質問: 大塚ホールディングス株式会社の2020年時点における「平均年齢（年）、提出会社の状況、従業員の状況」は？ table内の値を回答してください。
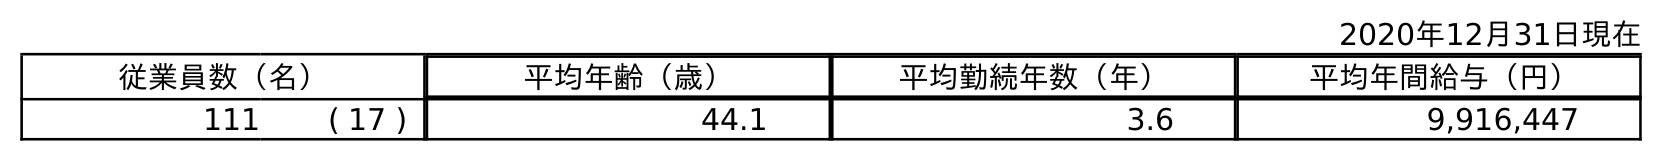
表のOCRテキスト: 2020年12月31日現在 従業員数（名） 平均年齢（歳） 平均勤続年数（年） 平均年間給与（円） 111 ( 17 ) 44.1 3.6 9,916,447
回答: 44.1